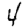
Digit: 4